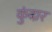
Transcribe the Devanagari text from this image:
कुंदार